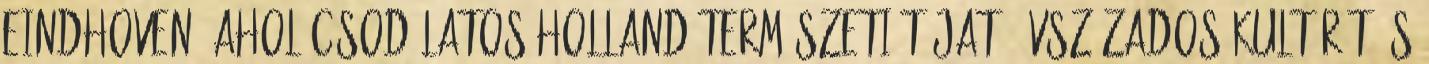
Eindhoven, ahol csodálatos holland természeti tájat, évszázados kultúrát és